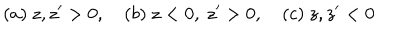
( a ) \ z , z ^ { \prime } > 0 , ( b ) \ z < 0 , \ z ^ { \prime } > 0 , ( c ) \ z , z ^ { \prime } < 0